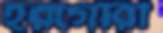
হরগৌরী